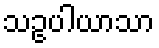
သဥပါယာသာ